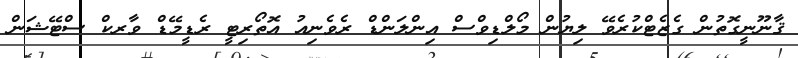
ޤާނޫނީގޮތުން ގެޒެޓްކުރެވޭ ލިޔުން މޯލްޑިވްސް އިންލަންޑް ރެވެނިއު އޮތޯރިޓީ ރެޑީމޭޑް ވާރކް ސްޓޭޝަން